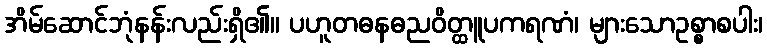
အိမ်ဆောင်ဘုံနန်းလည်းရှိ၏။ ပဟူတဓနဓညဝိတ္ထူပကရဏံ၊ များသောဥစ္စာစပါး၊